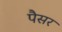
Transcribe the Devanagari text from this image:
पैसर